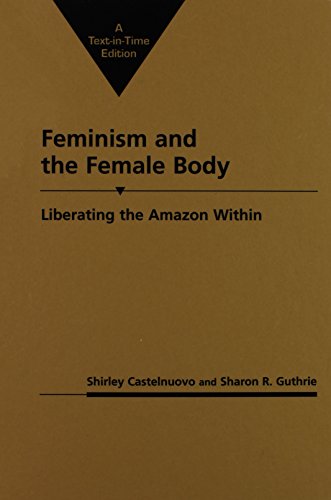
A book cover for Feminism and the Female Body: Liberating the Amazon Within (Gender and Political Theory); Shirley Castelnuovo; Sports & Outdoors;